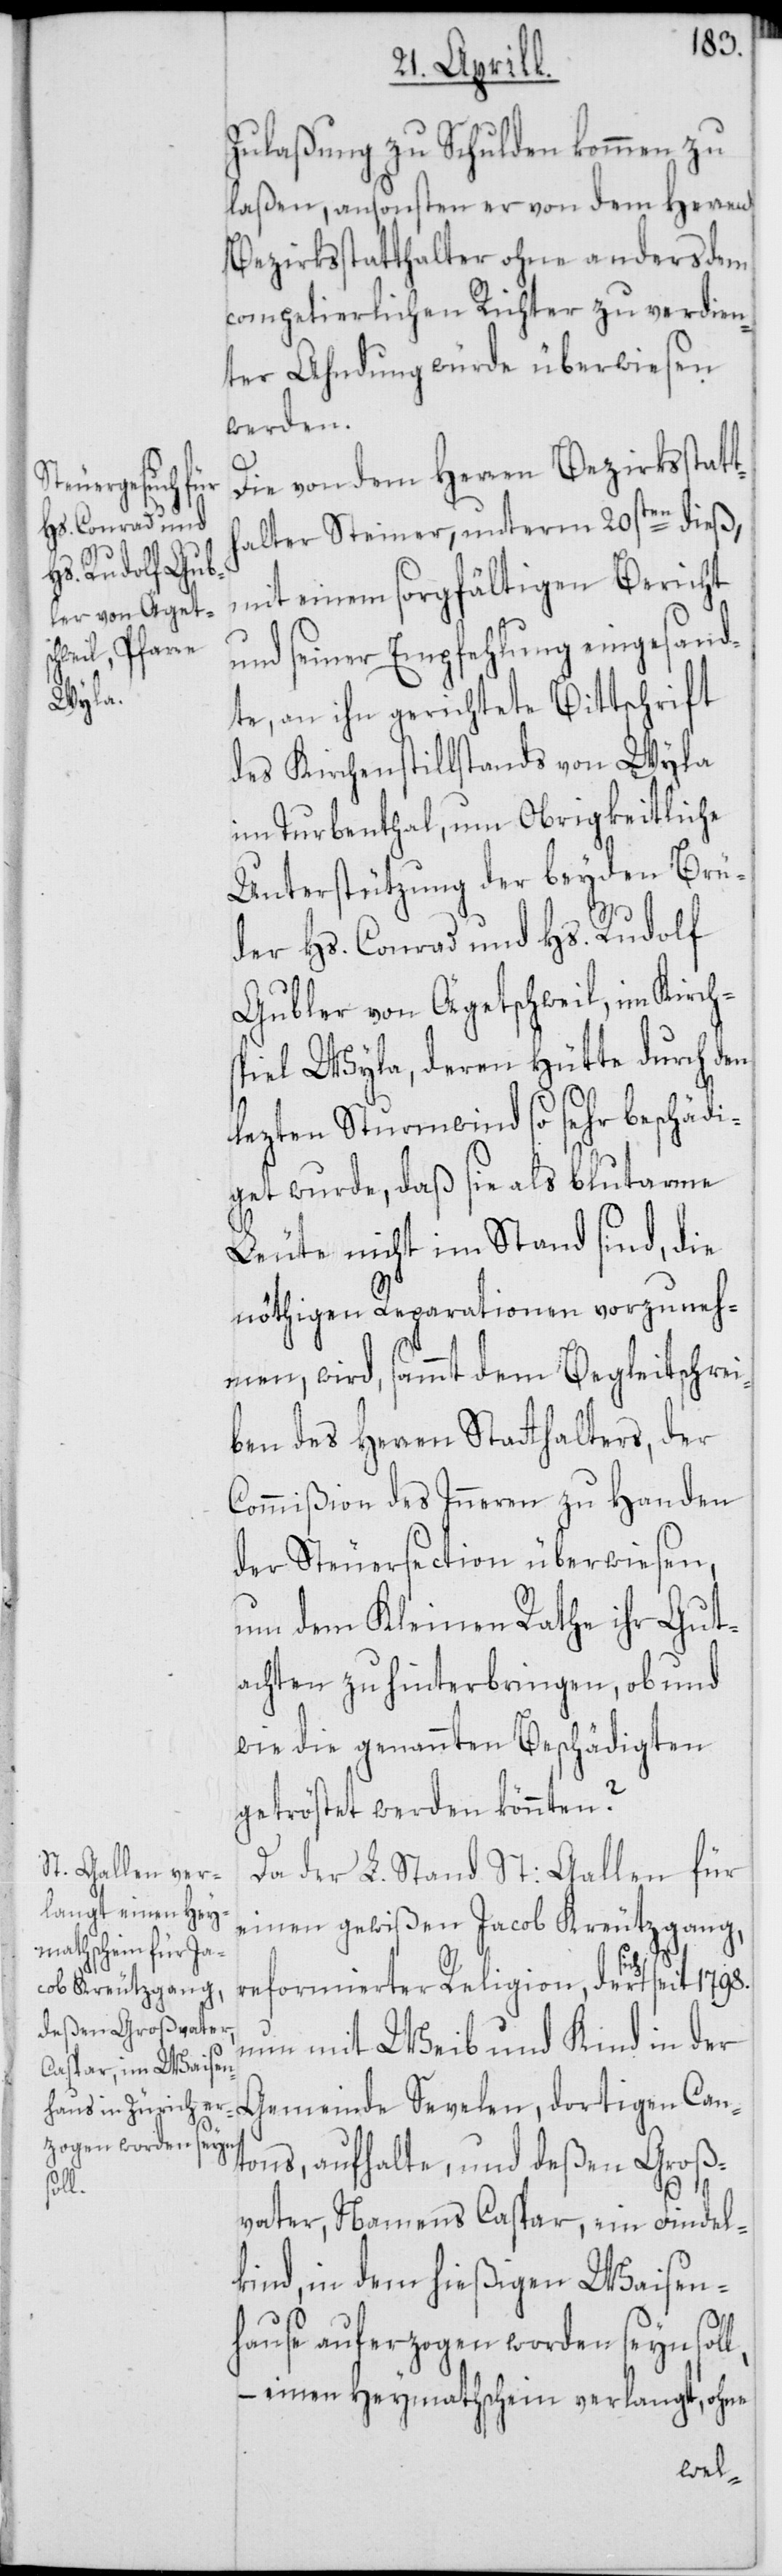
Zulaßung zu Schulden kommen zu
laßen, ansonsten er vor dem Herren
Bezirksstatthalter ohne anders dem
competierlichen Richter zu verdien¬
ter Ahndung würde überwiesen
werden.
Die von dem Herren Bezirksstatt¬
rtigen Can¬
halter Steiner, unterm 20sten dieß,
mit einem sorgfältigen Bericht
und seiner Empfehlung eingesand¬
te, an ihn gerichtete Bittschrift
des Kirchenstillstands von Wyla
im Turbenthal, um Obrigkeitliche
Unterstützung der beyden Brü¬
der Hs. Conrad und Hs. Rudolf
Gubler von Ägetschweil, im Kirch¬
spiel Wyla, deren Hütte durch den
lezten Sturmwind so sehr beschädi¬
get wurde, daß sie als blutarme
Leute nicht im Stand sind, die
nöthigen Reparationen vorzuneh¬
men, wird, sammt dem Begleitschrei¬
ben des Herren Statthalters, der
Commißion des Inneren zu Handen
der Steuersection überwiesen,
um dem Kleinen Rathe ihr Gut¬
achten zu hinterbringen, ob und
wie die genannten Beschädigten
getröstet werden könnten?
Da der L. Stand St: Gallen für
einen gewißen Jacob Kreutzgang,
reformierter Religion, der sich seit
nun mit Weib und Kind in der
tons, aufhalte, und deßen Groß¬
l,
vater, Namens Caspar, ein Findel¬
kind, in dem hießigen Waisen¬
hause auferzogen worden seyn sol¬
– einen Heymathschein verlangt, ohne